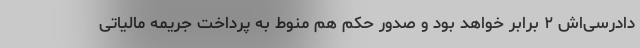
دادرسی‌اش ۲ برابر خواهد بود و صدور حکم هم منوط به پرداخت جریمه مالیاتی